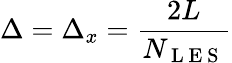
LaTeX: \Delta=\Delta_{x}=\frac{2L}{N_{\mathrm{~L~E~S~}}}